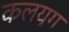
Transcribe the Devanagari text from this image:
कलयूग